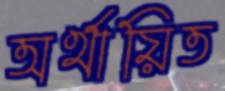
অর্থায়িত